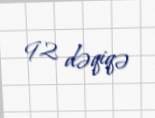
92 dəqiqə